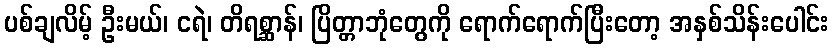
ပစ်ချလိမ့် ဦးမယ်၊ ငရဲ၊ တိရစ္ဆာန်၊ ပြိတ္တာဘုံတွေကို ရောက်ရောက်ပြီးတော့ အနှစ်သိန်းပေါင်း